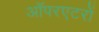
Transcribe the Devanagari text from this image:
ऑपरएटरों